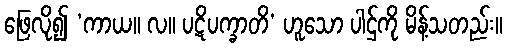
ဖြေလို၍ ‘ကာယ။ လ။ ပဋိပက္ခာတိ’ ဟူသော ပါဌ်ကို မိန့်သတည်း။